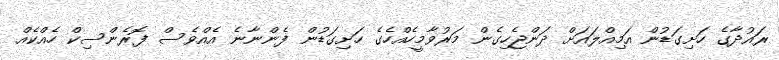
ރައުދާގެ ހަށިގަޑުން އަމިއްލައަށް ދަންޖެހިގެން މަރުވާމީހެއްހެގެ ހަށިގަޑުން ފެންނާނެ އެއްވެސް ފޮރެންސިކް ހެއްކެއް